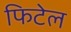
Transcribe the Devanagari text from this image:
फिटेल